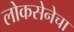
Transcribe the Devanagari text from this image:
लोकसेनेचा